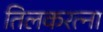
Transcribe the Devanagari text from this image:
तिलकरत्ना